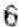
6